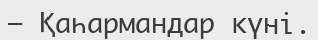
— Қаһармандар күні.